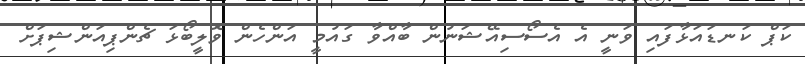
ކަޕް ކަނޑައަޅާފައި ވަނީ އެ އެސޯސިއޭޝަނުން ބާއްވާ ގައުމީ އަންހެން ވޮލީބޯޅަ ޗެންޕިއަންޝިޕަށް